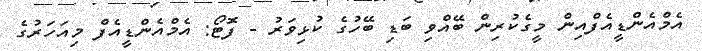
އެމްއެންޑީއެފްއިން މީގެކުރިން ބޭއްވި ބަޑި ބޭހުގެ ކުޅިވަރު - ފޮޓޯ: އެމްއެންޑީއެފް މިއަހަރުގެ